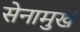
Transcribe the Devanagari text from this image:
सेनामुखं